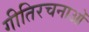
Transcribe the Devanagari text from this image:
गीतिरचनाओं